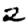
Digit: 2